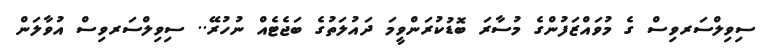
ސިވިލްސަރވިސް ގެ މުވައްޒަފުންގެ މުސާރަ ބޮޑުކުރަންވީމަ ދައުލަތުގެ ބަޖެޓެއް ނުހުރޭ.. ސިވިލްސަރވިސް އުވާލަން